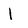
Character: I